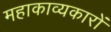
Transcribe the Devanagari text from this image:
महाकाव्यकारों